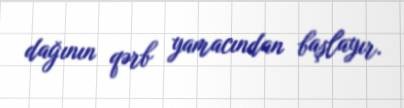
dağının qərb yamacından başlayır.